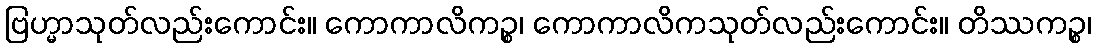
ဗြဟ္မာသုတ်လည်းကောင်း။ ကောကာလိကဉ္စ၊ ကောကာလိကသုတ်လည်းကောင်း။ တိဿကဉ္စ၊